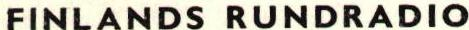
FINLANDS RUNDRADIO